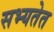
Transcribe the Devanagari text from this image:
सभ्यतेत